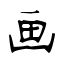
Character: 画